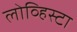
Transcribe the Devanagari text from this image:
लोव्हिस्टा